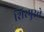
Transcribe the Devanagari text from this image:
शिरपुरचे